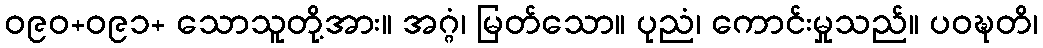
ဝ၉၀+ဝ၉၁+ သောသူတို့အား။ အဂ္ဂံ၊ မြတ်သော။ ပုညံ၊ ကောင်းမှုသည်။ ပဝဍ္ဎတိ၊